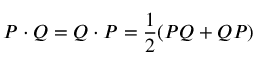
P \cdot Q = Q \cdot P = \frac { 1 } { 2 } ( P Q + Q P )